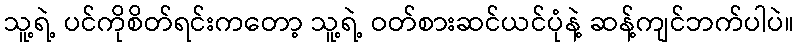
သူ့ရဲ့ ပင်ကိုစိတ်ရင်းကတော့ သူ့ရဲ့ ဝတ်စားဆင်ယင်ပုံနဲ့ ဆန့်ကျင်ဘက်ပါပဲ။